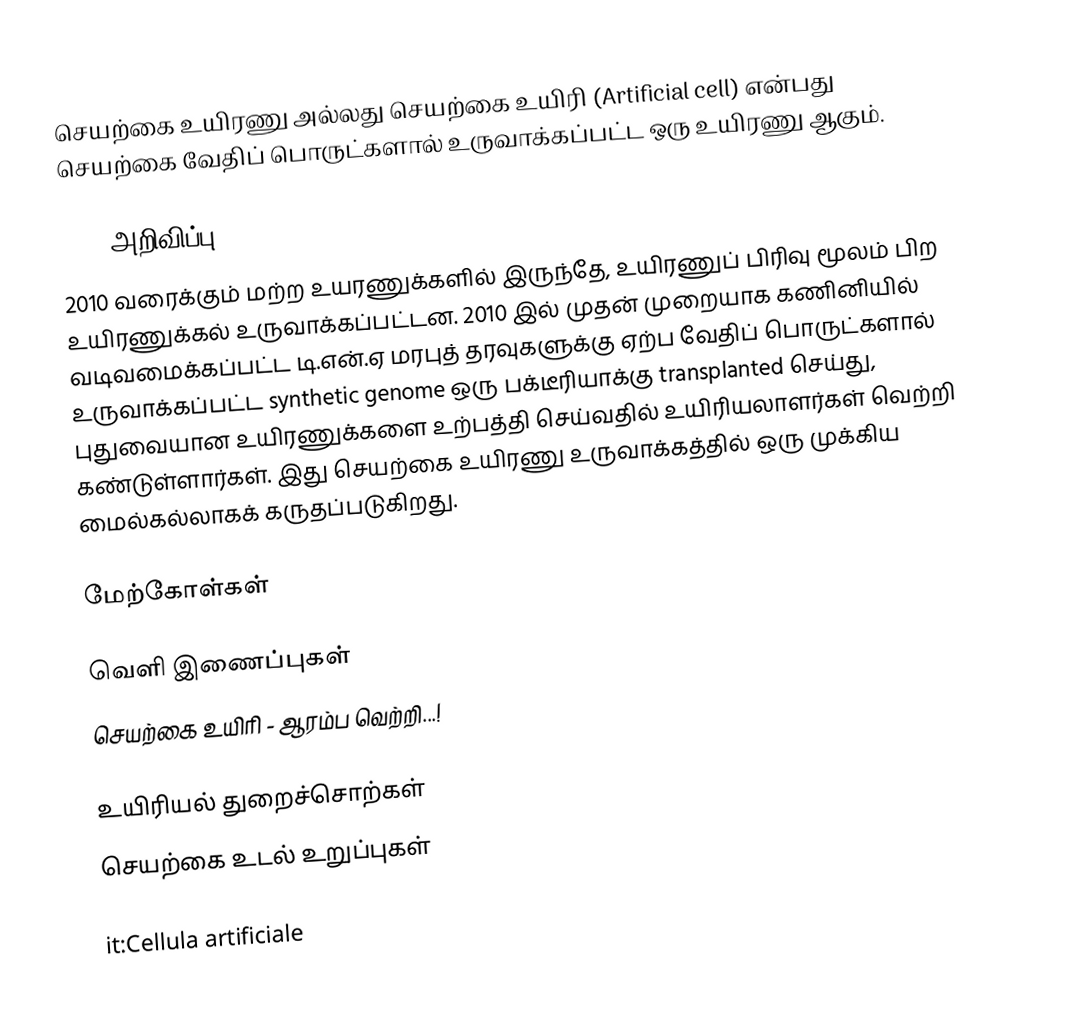
செயற்கை உயிரணு அல்லது செயற்கை உயிரி (Artificial cell) என்பது செயற்கை வேதிப் பொருட்களால் உருவாக்கப்பட்ட ஒரு உயிரணு ஆகும்.

2010 அறிவிப்பு
2010 வரைக்கும் மற்ற உயரணுக்களில் இருந்தே, உயிரணுப் பிரிவு மூலம் பிற உயிரணுக்கல் உருவாக்கப்பட்டன. 2010 இல் முதன் முறையாக கணினியில் வடிவமைக்கப்பட்ட டி.என்.ஏ மரபுத் தரவுகளுக்கு ஏற்ப வேதிப் பொருட்களால் உருவாக்கப்பட்ட synthetic genome ஒரு பக்டீரியாக்கு transplanted செய்து, புதுவையான உயிரணுக்களை உற்பத்தி செய்வதில் உயிரியலாளர்கள் வெற்றி கண்டுள்ளார்கள். இது செயற்கை உயிரணு உருவாக்கத்தில் ஒரு முக்கிய மைல்கல்லாகக் கருதப்படுகிறது.

மேற்கோள்கள்

வெளி இணைப்புகள்
 செயற்கை உயிரி - ஆரம்ப வெற்றி...!

உயிரியல் துறைச்சொற்கள்
செயற்கை உடல் உறுப்புகள்

it:Cellula artificiale